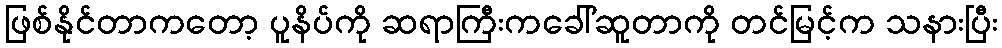
ဖြစ်နိုင်တာကတော့ ပူနိပ်ကို ဆရာကြီးကခေါ်ဆူတာကို တင်မြင့်က သနားပြီး